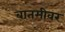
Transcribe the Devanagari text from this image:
बातमीवर